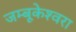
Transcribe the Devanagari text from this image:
जम्बूकेश्‍वरा